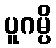
ပူဂမ္ပိ